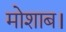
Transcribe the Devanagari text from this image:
मोशाब।